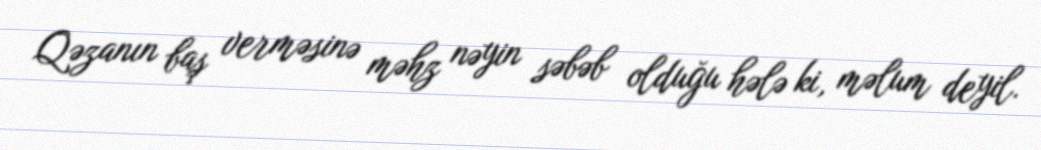
Qəzanın baş verməsinə məhz nəyin səbəb olduğu hələ ki, məlum deyil.